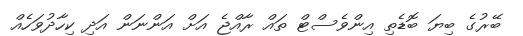
ބޭރުގެ ބިޔަ ބޮޑެތި އިންވެސްޓް ތައް ރާއްޖެ އަށް އަންނަން އަދި ކިހާދުވަހެއް